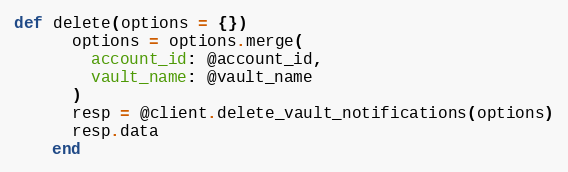
Language: Ruby
def delete(options = {})
      options = options.merge(
        account_id: @account_id,
        vault_name: @vault_name
      )
      resp = @client.delete_vault_notifications(options)
      resp.data
    end